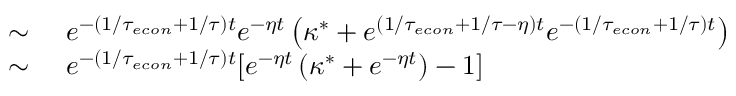
\begin{array} { r l } { \sim \ } & { { } e ^ { - ( 1 / { \tau _ { e c o n } } + 1 / \tau ) t } e ^ { - \eta t } \left( \kappa ^ { * } + e ^ { ( 1 / { \tau _ { e c o n } } + 1 / \tau - \eta ) t } e ^ { - ( 1 / { \tau _ { e c o n } } + 1 / \tau ) t } \right) } \\ { \sim \ } & { { } e ^ { - ( 1 / { \tau _ { e c o n } } + 1 / \tau ) t } [ e ^ { - \eta t } \left( \kappa ^ { * } + e ^ { - \eta t } \right) - 1 ] } \end{array}